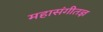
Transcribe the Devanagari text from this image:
महासंगीतज्ञ